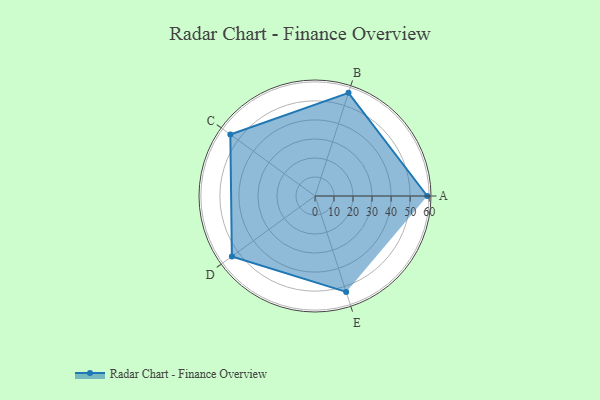
{"axis": {"x": "Skill", "y": "Score"}, "legend": ["Profile"], "data": [{"x": "A", "y": 59.0, "type": "Profile"}, {"x": "B", "y": 57.0, "type": "Profile"}, {"x": "C", "y": 55.0, "type": "Profile"}, {"x": "D", "y": 54.0, "type": "Profile"}, {"x": "E", "y": 53.0, "type": "Profile"}]}